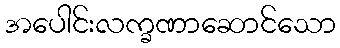
အပေါင်းလက္ခဏာဆောင်သော